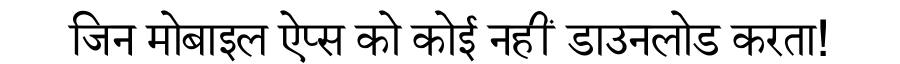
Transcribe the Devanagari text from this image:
जिन मोबाइल ऐप्स को कोई नहीं डाउनलोड करता!